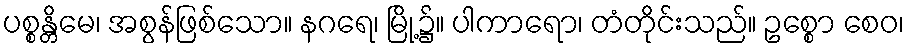
ပစ္စန္တိမေ၊ အစွန်ဖြစ်သော။ နဂရေ၊ မြို့၌။ ပါကာရော၊ တံတိုင်းသည်။ ဥစ္စော စေဝ၊